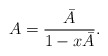
\begin{align*}A = \frac{\bar{A}}{1-x\bar{A}}. \end{align*} %\end{align*}